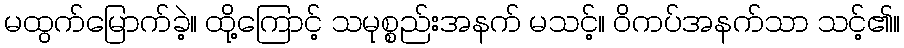
မထွက်မြောက်ခဲ့။ ထို့ကြောင့် သမုစ္စည်းအနက် မသင့်။ ဝိကပ်အနက်သာ သင့်၏။